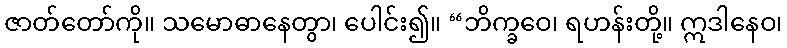
ဇာတ်တော်ကို။ သမောဓာနေတွာ၊ ပေါင်း၍။ “ဘိက္ခဝေ၊ ရဟန်းတို့။ ဣဒါနေဝ၊